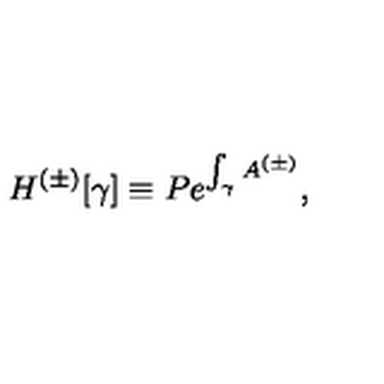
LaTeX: H ^ { ( \pm ) } [ \gamma ] \equiv P e ^ { \int _ { \gamma } A ^ { ( \pm ) } } ,